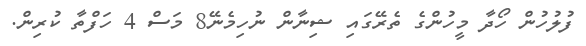
ފުލުހުން ހޯދާ މީހުންގެ ތެރޭގައި ޝިނާން ނުހިމެނޭ8 މަސް 4 ހަފްތާ ކުރިން.